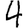
Digit: 4